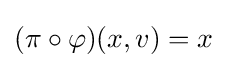
(\pi \circ \varphi )(x,v)=x